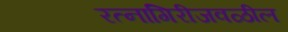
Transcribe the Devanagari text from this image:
रत्‍नागिरीजवळील